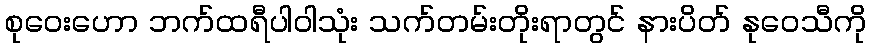
စုဝေးဟော ဘက်ထရီပါဝါသုံး သက်တမ်းတိုးရာတွင် နားပိတ် နုဝေသီကို